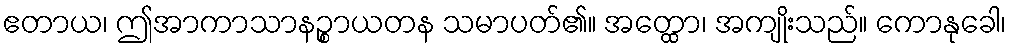
ဧတာယ၊ ဤအာကာသာနဉ္စာယတန သမာပတ်၏။ အတ္ထော၊ အကျိုးသည်။ ကောနုခေါ၊